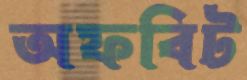
অফবিট